Treatise on elephants
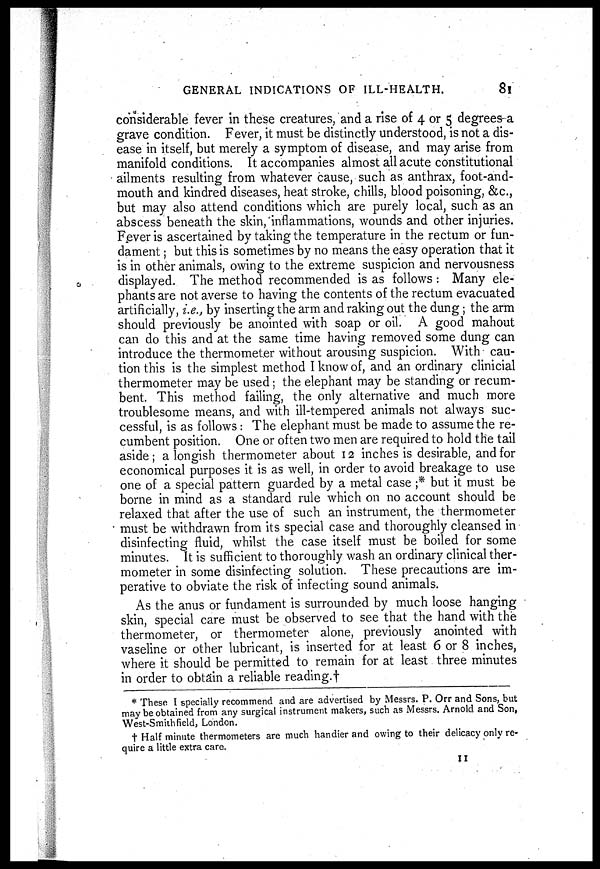
GENERAL INDICATIONS OF ILL-HEALTH.
81
considerable fever in these creatures, and a rise of 4 or 5 degrees-a
grave condition. Fever, it must be distinctly understood, is not a dis-
ease in itself, but merely a symptom of disease, and may arise from
manifold conditions. It accompanies almost all acute constitutional
ailments resulting from whatever cause, such as anthrax, foot-and-
mouth and kindred diseases, heat stroke, chills, blood poisoning, &c,
but may also attend conditions which are purely local, such as an
abscess beneath the skin, inflammations, wounds and other injuries.
Fever is ascertained by taking the temperature in the rectum or fun-
dament ; but this is sometimes by no means the easy operation that it
is in other animals, owing to the extreme suspicion and nervousness
displayed. The method recommended is as follows : Many ele-
phants are not averse to having the contents of the rectum evacuated
artificially, i.e., by inserting the arm and raking out the dung; the arm
should previously be anointed with soap or oil. A good mahout
can do this and at the same time having removed some dung can
introduce the thermometer without arousing suspicion. With cau-
tion this is the simplest method I know of, and an ordinary clinicial
thermometer may be used; the elephant may be standing or recum-
bent. This method failing, the only alternative and much more
troublesome means, and with ill-tempered animals not always suc-
cessful, is as follows: The elephant must be made to assume the re-
cumbent position. One or often two men are required to hold the tail
aside; a longish thermometer about 12 inches is desirable, and for
economical purposes it is as well, in order to avoid breakage to use
one of a special pattern guarded by a metal case ;* but it must be
borne in mind as a standard rule which on no account should be
relaxed that after the use of such an instrument, the thermometer
must be withdrawn from its special case and thoroughly cleansed in
disinfecting fluid, whilst the case itself must be boiled for some
minutes. It is sufficient to thoroughly wash an ordinary clinical ther-
mometer in some disinfecting solution. These precautions are im-
perative to obviate the risk of infecting sound animals.
As the anus or fundament is surrounded by much loose hanging
skin, special care must be observed to see that the hand with the
thermometer, or thermometer alone, previously anointed with
vaseline or other lubricant, is inserted for at least 6 or 8 inches,
where it should be permitted to remain for at least three minutes
in order to obtain a reliable reading.†
* These I specially recommend and are advertised by Messrs. P. Orr and Sons, but
may be obtained from any surgical instrument makers, such as Messrs. Arnold and Son,
West-Smith field, London.
† Half minute thermometers are much handier and owing to their delicacy only re-
quire a little extra care.
11